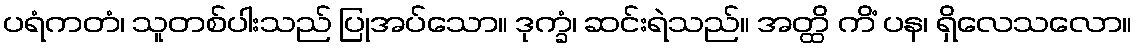
ပရံကတံ၊ သူတစ်ပါးသည် ပြုအပ်သော။ ဒုက္ခံ၊ ဆင်းရဲသည်။ အတ္ထိ ကိံ ပန၊ ရှိလေသလော။